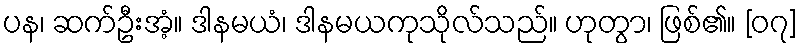
ပန၊ ဆက်ဦးအံ့။ ဒါနမယံ၊ ဒါနမယကုသိုလ်သည်။ ဟုတွာ၊ ဖြစ်၏။ [၀၇]